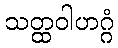
သတ္ထဝါဟဂ္ဂံ